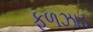
ફળઝાડ